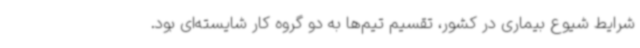
شرایط شیوع بیماری در کشور، تقسیم تیم‌ها به دو گروه کار شایسته‌ای بود.